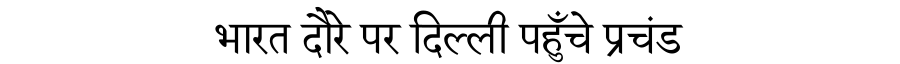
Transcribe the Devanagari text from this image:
भारत दौरे पर दिल्ली पहुँचे प्रचंड